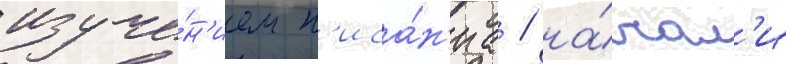
изуче́н'ием п'иса́н'иа / на́чал'и